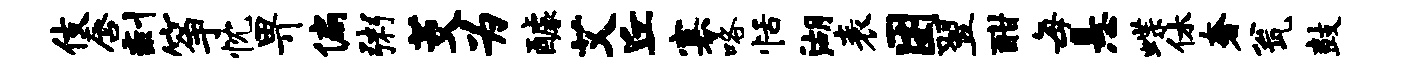
伎唇剩筝忱畀偏粥茭为醵艾丘寡咯恬湖表困翌酣每悬蝶休奢瓮鼓